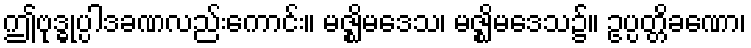
ဤဗုဒ္ဓုပ္ပါဒခဏလည်းကောင်း။ မဇ္ဈိမဒေသ၊ မဇ္ဈိမဒေသ၌။ ဥပ္ပတ္တိခဏော၊